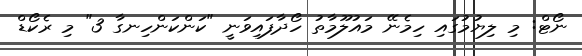
ނޯޓް: މި ލިޔުމުގައި ހިމެނޭ މައުލޫމާތު ހޯދާފައިވަނީ "ކަންކަންހިނގާ 3" މި ރެކޯޑް